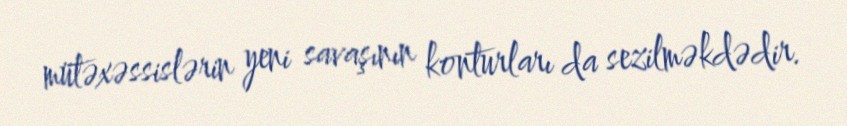
mütəxəssislərin yeni savaşının konturları da sezilməkdədir.